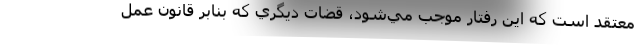
معتقد است كه اين رفتار موجب مي‌شود، قضات ديگري كه بنابر قانون عمل